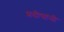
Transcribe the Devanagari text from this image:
प्रदीपांनी